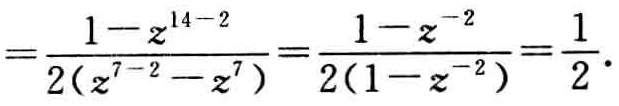
\[
=\frac{1 - z^{14 - 2}}{2(z^{7 - 2}-z^{7})}=\frac{1 - z^{-2}}{2(1 - z^{-2})}=\frac{1}{2}.
\]